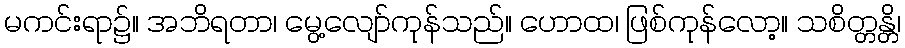
မကင်းရာ၌။ အဘိရတာ၊ မွေ့လျော်ကုန်သည်။ ဟောထ၊ ဖြစ်ကုန်လော့။ သစိတ္တန္တိ၊